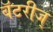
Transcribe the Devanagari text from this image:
बॅटरीज्